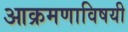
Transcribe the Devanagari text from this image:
आक्रमणाविषयी